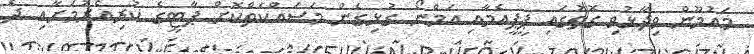
މައުމޫން ވިދާޅުވި ގޮތުގައި ޕީޕީއެމާއި އަމްނޯ ގުޅިގެން މަސައްކަތްކޮށް ޕާޓީގެ ކުރިއެރުމަށާއި ދެ